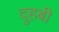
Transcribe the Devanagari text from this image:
दुहबी